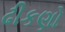
ઢીકણો